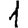
Digit: 1